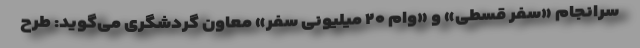
سرانجام «سفر قسطی» و «وام ۲۰ میلیونی سفر» معاون گردشگری می‌گوید: طرح